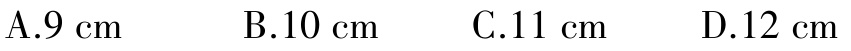
A.9 cm  B.10 cm  C.11 cm  D.12 cm